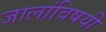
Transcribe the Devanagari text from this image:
जालांविषयी